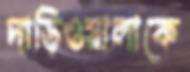
দাড়িওয়ালাকে